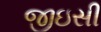
જીઇસી